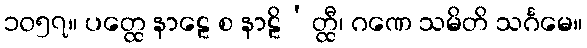
၁၀၅၇။ ပတ္ထေ နာဠေ စ နာဠိ’တ္ထီ၊ ဂဏေ သမိတိ သင်္ဂမေ။